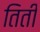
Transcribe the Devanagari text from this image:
तिती